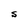
Character: S